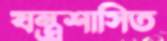
যন্ত্রশাসিত